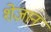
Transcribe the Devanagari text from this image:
शेज़ान